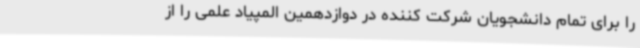
را برای تمام دانشجویان شرکت کننده در دوازدهمین المپیاد علمی را از